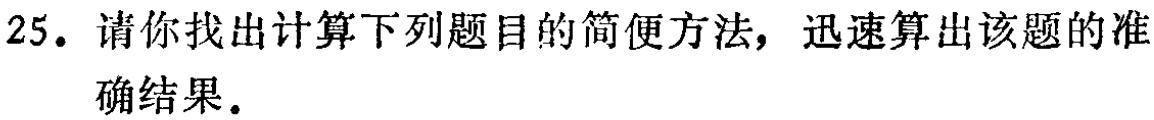
25. 请你找出计算下列题目的简便方法，迅速算出该题的准确结果.